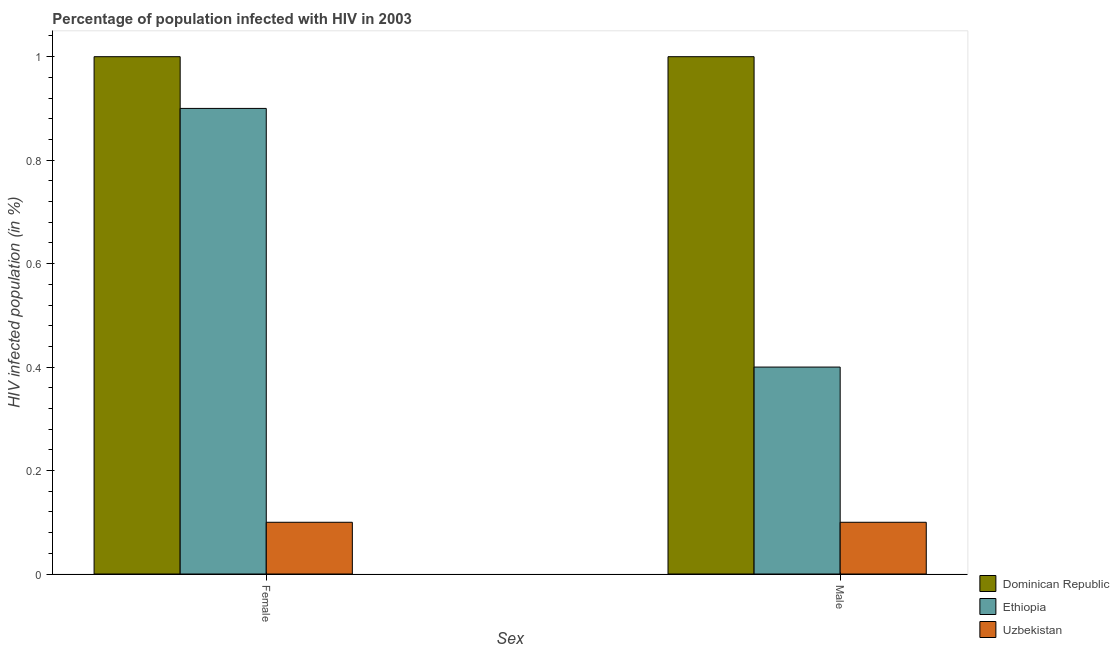
| Sex | Dominican Republic | Ethiopia | Uzbekistan |
 | --- | --- | --- | --- |
 | Female | 1 | 0.9 | 0.1 |
 | Male | 1 | 0.4 | 0.1 |